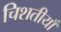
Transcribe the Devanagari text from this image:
चिशतीयाँ